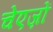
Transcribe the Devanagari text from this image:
चेएज़ों